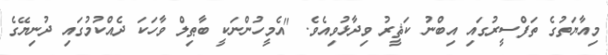
މިއާޔަތުގެ ތަފްސީރުގައި އިބްނު ކަޘީރު ވިދާޅުވިއެވެ. "އެމީހުންނަކީ ބާޠިލް ވާހަކަ ދެއްކުމުގައި ދުނިޔޭގެ